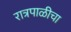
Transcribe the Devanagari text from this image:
रात्रपाळीचा